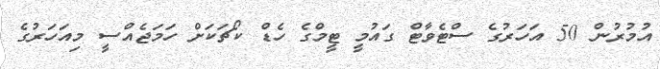
އުމުރުން 50 އަހަރުގެ ސްޓެވާޓް ގައުމީ ޓީމްގެ ހެޑް ކޯޗަކަށް ހަމަޖެއްސީ މިއަހަރުގެ